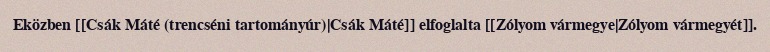
Eközben [[Csák Máté (trencséni tartományúr)|Csák Máté]] elfoglalta [[Zólyom vármegye|Zólyom vármegyét]].